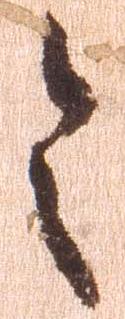
令